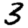
Digit: 3